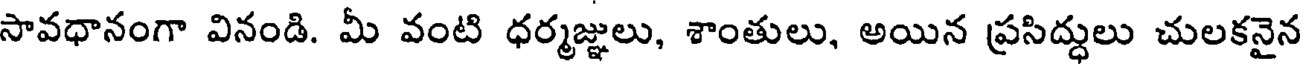
సావధానంగా వినండి. మీ వంటి ధర్మజ్ఞులు, శాంతులు, అయిన ప్రసిద్ధులు చులకనైన